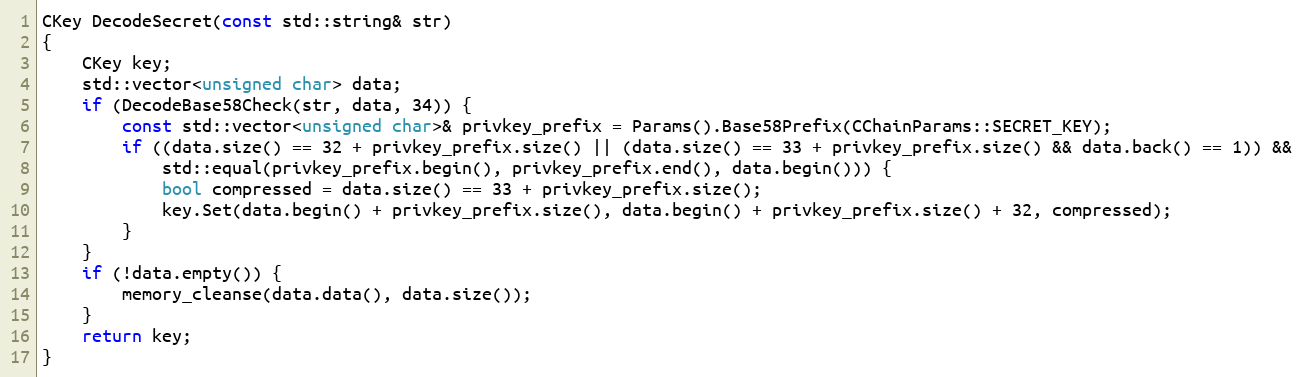
Language: C++
CKey DecodeSecret(const std::string& str)
{
    CKey key;
    std::vector<unsigned char> data;
    if (DecodeBase58Check(str, data, 34)) {
        const std::vector<unsigned char>& privkey_prefix = Params().Base58Prefix(CChainParams::SECRET_KEY);
        if ((data.size() == 32 + privkey_prefix.size() || (data.size() == 33 + privkey_prefix.size() && data.back() == 1)) &&
            std::equal(privkey_prefix.begin(), privkey_prefix.end(), data.begin())) {
            bool compressed = data.size() == 33 + privkey_prefix.size();
            key.Set(data.begin() + privkey_prefix.size(), data.begin() + privkey_prefix.size() + 32, compressed);
        }
    }
    if (!data.empty()) {
        memory_cleanse(data.data(), data.size());
    }
    return key;
}